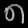
Digit: ၈